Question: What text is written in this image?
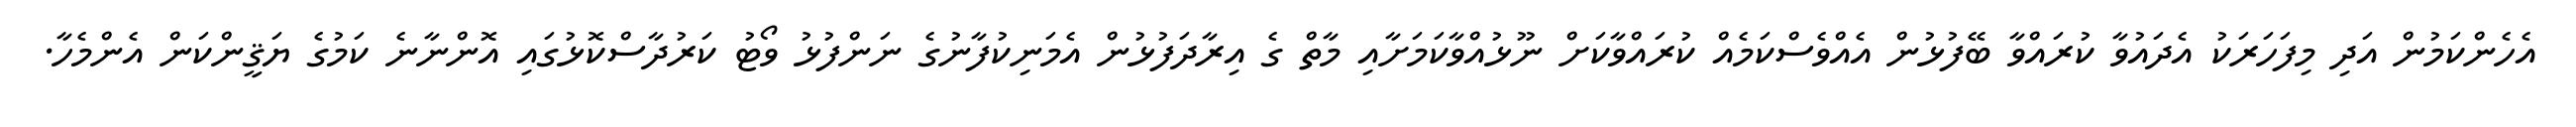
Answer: އެހެންކަމުން އަދި މިފަހަރަކު އެދައުވާ ކުރައްވާ ބޭފުޅުން އެއްވެސްކަމެއް ކުރައްވާކަށް ނޫޅުއްވާކަމަށާއި މާތް ގެ އިރާދަފުޅުން އެމަނިކުފާނުގެ ނަންފުޅު ވޯޓު ކަރުދާސްކޮޅުގައި އޮންނާނެ ކަމުގެ ޔަޤީންކަން އެންމެހާ.